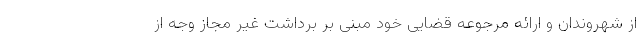
از شهروندان و ارائه مرجوعه قضایی خود مبنی بر برداشت غیر مجاز وجه از